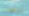
ليست